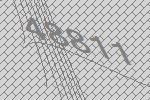
48811